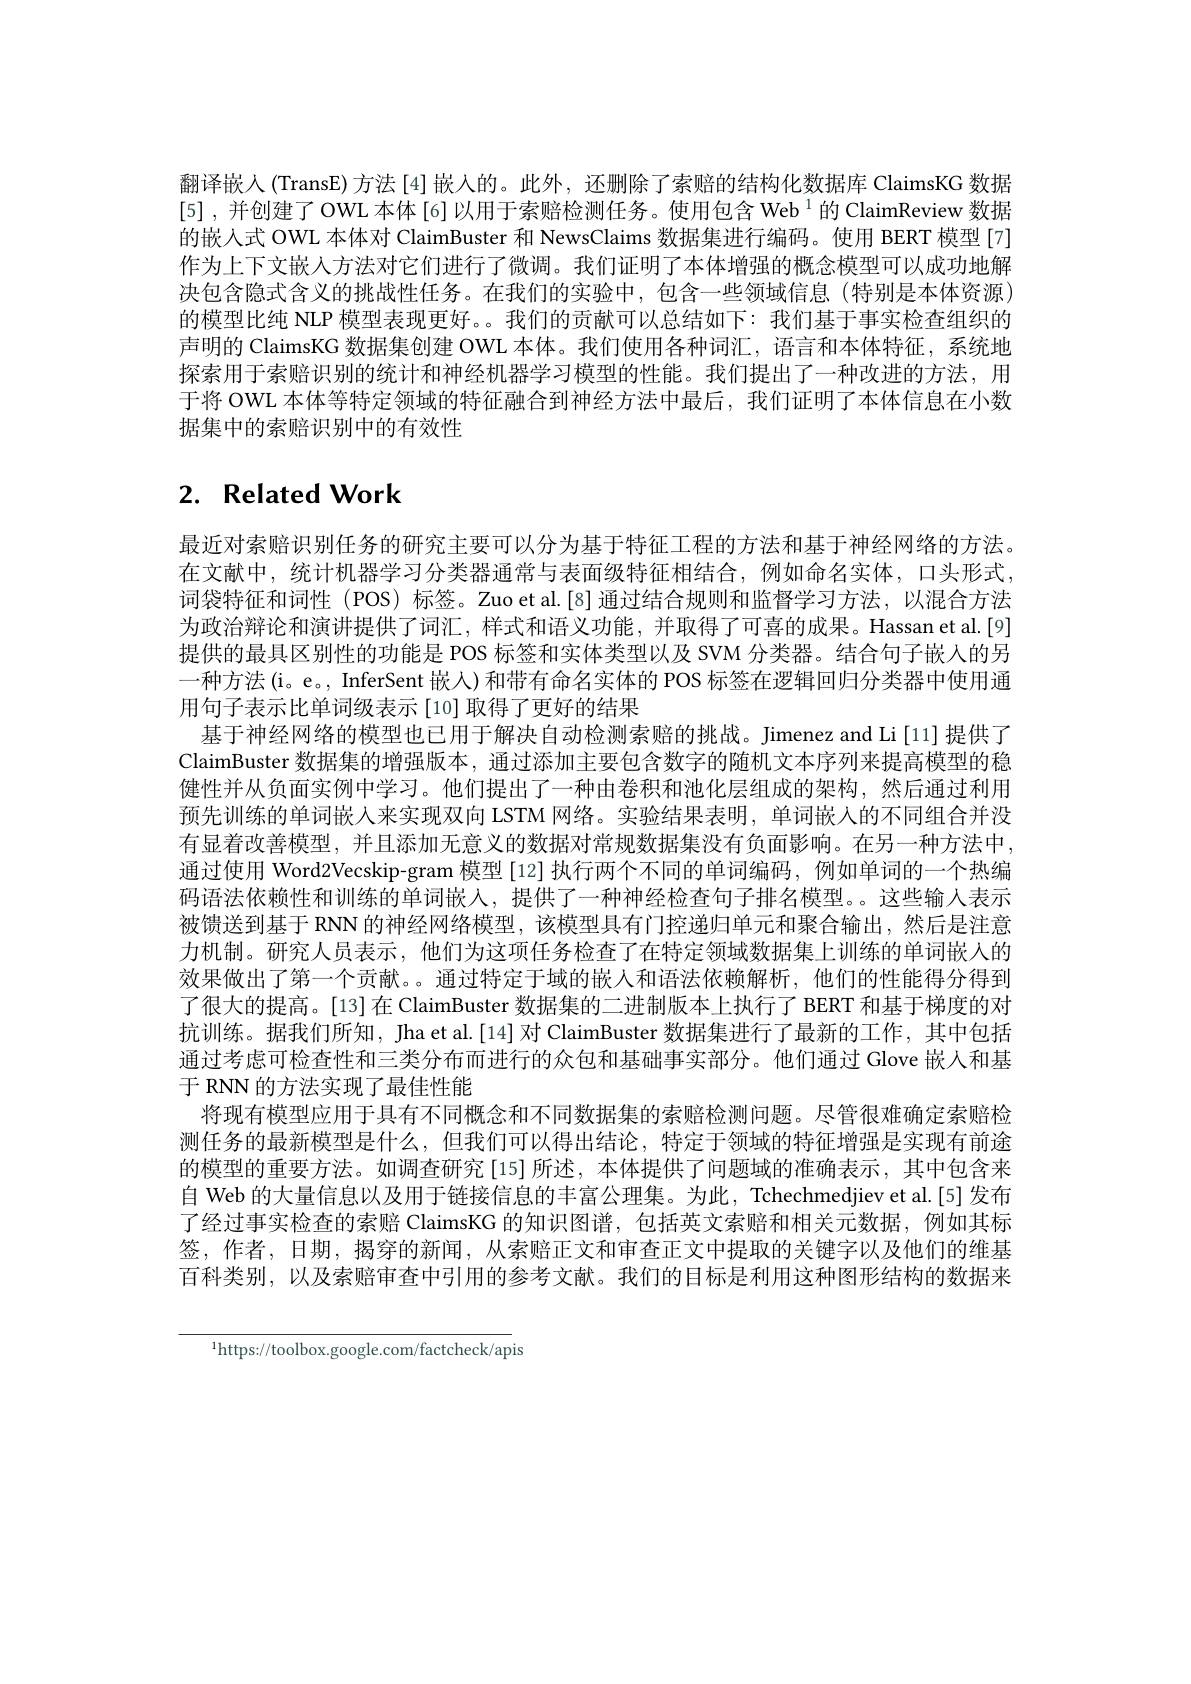
翻译嵌人(TransE)方法[4]嵌入的。此外，还删除了索赔的结构化数据库 ClaimsKG 数据[5],并创建了OWL 本体[6] 以用于索赔检测任务。使用包含 Web $^1$的 ClaimReview 数据的嵌入式 OWL 本体对 ClaimBuster 和 NewsClaims 数据集进行编码。使用 BERT 模型[7] 作为上下文嵌入方法对它们进行了微调。我们证明了本体增强的概念模型可以成功地解决包含隐式含义的挑战性任务。在我们的实验中，包含一些领域信息(特别是本体资源) 的模型比纯 NLP 模型表现更好。。我们的贡献可以总结如下：我们基于事实检查组织的声明的 ClaimsKG 数据集创建 OWL 本体。我们使用各种词汇，语言和本体特征，系统地探索用于索赔识别的统计和神经机器学习模型的性能。我们提出了一种改进的方法，用于将 OWL 本体等特定领域的特征融合到神经方法中最后，我们证明了本体信息在小数据集中的索赔识别中的有效性

# 2. Related Work

最近对索赔识别任务的研究主要可以分为基于特征工程的方法和基于神经网络的方法。在文献中，统计机器学习分类器通常与表面级特征相结合，例如命名实体，口头形式词袋特征和词性 (POS)标签。Zuo et al.[8]通过结合规则和监督学习方法，以混合方法为政治辩论和演讲提供了词汇，样式和语义功能，并取得了可喜的成果。Hassan et al.[9] 提供的最具区别性的功能是 POS 标签和实体类型以及 SVM 分类器。结合句子嵌人的另一种方法(i。e。, InferSent 嵌人) 和带有命名实体的 POS 标签在逻辑回归分类器中使用通用句子表示比单词级表示[10]取得了更好的结果
基于神经网络的模型也已用于解决自动检测索赔的挑战。Jimenez and Li[11] 提供了ClaimBuster 数据集的增强版本，通过添加主要包含数字的随机文本序列来提高模型的稳健性并从负面实例中学习。他们提出了一种由卷积和池化层组成的架构，然后通过利用预先训练的单词嵌入来实现双向 LSTM 网络。实验结果表明，单词嵌入的不同组合并没有显着改善模型，并且添加无意义的数据对常规数据集没有负面影响。在另一种方法中通过使用 Word2Vecskip-gram 模型 [12] 执行两个不同的单词编码，例如单词的一个热编码语法依赖性和训练的单词嵌人，提供了一种神经检查句子排名模型。这些输人表示被馈送到基于 RNN 的神经网络模型，该模型具有门控递归单元和聚合输出，然后是注意力机制。研究人员表示，他们为这项任务检查了在特定领域数据集上训练的单词嵌人的效果做出了第一个贡献。。通过特定于域的嵌入和语法依赖解析，他们的性能得分得到了很大的提高。[13]在 ClaimBuster 数据集的二进制版本上执行了 BERT 和基于梯度的对抗训练。据我们所知，Jha et al.[14] 对 ClaimBuster 数据集进行了最新的工作，其中包括通过考虑可检查性和三类分布而进行的众包和基础事实部分。他们通过 Glove 嵌人和基于 RNN 的方法实现了最佳性能
将现有模型应用于具有不同概念和不同数据集的索赔检测问题。尽管很难确定索赔检测任务的最新模型是什么，但我们可以得出结论，特定于领域的特征增强是实现有前途的模型的重要方法。如调查研究[15]所述，本体提供了问题域的准确表示，其中包含来自 Web 的大量信息以及用于链接信息的丰富公理集。为此，Tchechmedjiev et al.[5]发布了经过事实检查的索赔 ClaimsKG 的知识图谱，包括英文索赔和相关元数据，例如其标签，作者，日期，揭穿的新闻，从索赔正文和审查正文中提取的关键字以及他们的维基百科类别，以及索赔审查中引用的参考文献。我们的目标是利用这种图形结构的数据来

$^{1}$https://toolbox.google.com/factcheck/apis